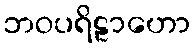
ဘဝပရိဠာဟော